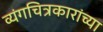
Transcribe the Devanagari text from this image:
व्यंगचित्रकारांच्या